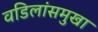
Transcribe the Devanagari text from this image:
वडिलांसमुखा